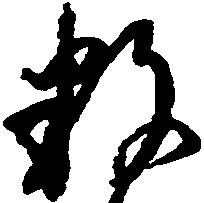
数